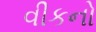
વીકનો